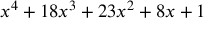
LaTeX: x ^ { 4 } + 1 8 x ^ { 3 } + 2 3 x ^ { 2 } + 8 x + 1